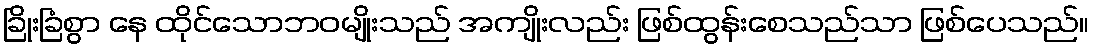
ခြိုးခြံစွာ နေ ထိုင်သောဘဝမျိုးသည် အကျိုးလည်း ဖြစ်ထွန်းစေသည်သာ ဖြစ်ပေသည်။